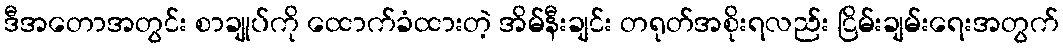
ဒီအတောအတွင်း စာချုပ်ကို ထောက်ခံထားတဲ့ အိမ်နီးချင်း တရုတ်အစိုးရလည်း ငြိမ်းချမ်းရေးအတွက်